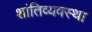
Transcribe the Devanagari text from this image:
शांतिव्यवस्था